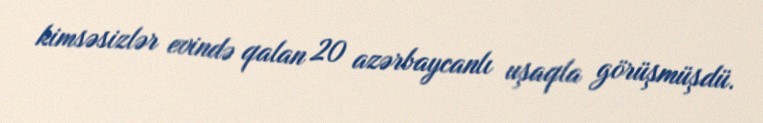
kimsəsizlər evində qalan 20 azərbaycanlı uşaqla görüşmüşdü.